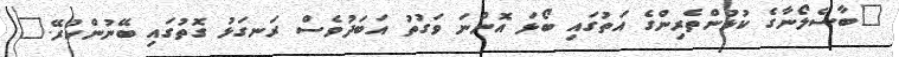
"ބާސެލޯނާގެ ކުޅުންތެރިންގެ އަތުގައި ބޯޅަ އޮންނަ ވަގުތު އަބަދުވެސް ރަނގަޅު ގޮތުގައި ބޭނުންކުރޭ."